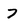
Character: 7